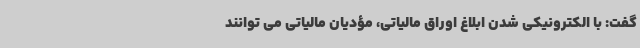
گفت: با الکترونیکی شدن ابلاغ اوراق مالیاتی، مؤدیان مالیاتی می توانند